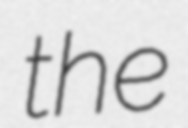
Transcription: the